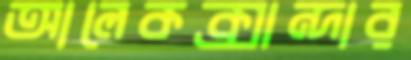
আলেকক্সান্দার